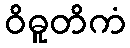
ဝိဓူတိကံ